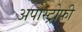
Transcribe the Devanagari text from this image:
अपोस्ट्रोफी